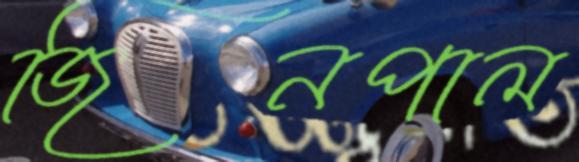
জিনপাল